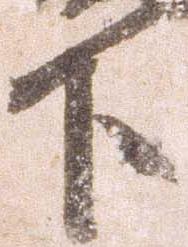
下